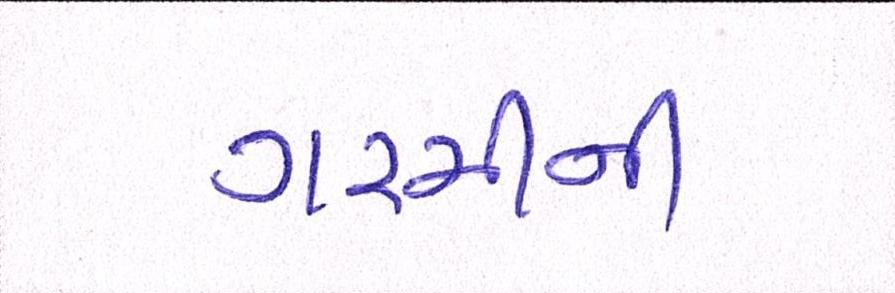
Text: ગરમીની